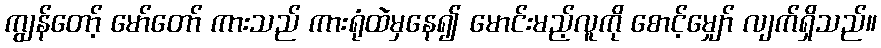
ကျွန်တော့် မော်တော် ကားသည် ကားရုံထဲမှနေ၍ မောင်းမည့်လူကို စောင့်မျှော် လျက်ရှိသည်။